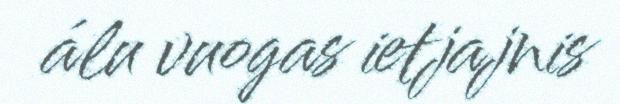
álu vuogas ietjajnis